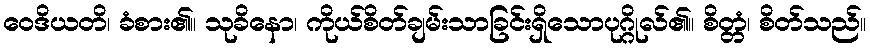
ဝေဒိယတိ၊ ခံစား၏။ သုခိနော၊ ကိုယ်စိတ်ချမ်းသာခြင်းရှိသောပုဂ္ဂိုလ်၏။ စိတ္တံ၊ စိတ်သည်။